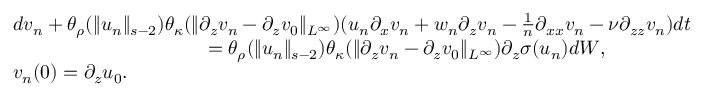
\begin{array} { r l } & { d v _ { n } + \theta _ { \rho } ( \| u _ { n } \| _ { s - 2 } ) \theta _ { \kappa } ( \| \partial _ { z } v _ { n } - \partial _ { z } v _ { 0 } \| _ { L ^ { \infty } } ) ( u _ { n } \partial _ { x } v _ { n } + w _ { n } \partial _ { z } v _ { n } - \frac 1 n \partial _ { x x } v _ { n } - \nu \partial _ { z z } v _ { n } ) d t } \\ & { \qquad \qquad \qquad \qquad \qquad = \theta _ { \rho } ( \| u _ { n } \| _ { s - 2 } ) \theta _ { \kappa } ( \| \partial _ { z } v _ { n } - \partial _ { z } v _ { 0 } \| _ { L ^ { \infty } } ) \partial _ { z } \sigma ( u _ { n } ) d W , } \\ & { v _ { n } ( 0 ) = \partial _ { z } u _ { 0 } . } \end{array}